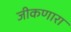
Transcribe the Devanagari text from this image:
जीकणारा